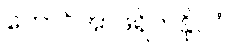
တောင်အာဖရိကနိုင်ငံ